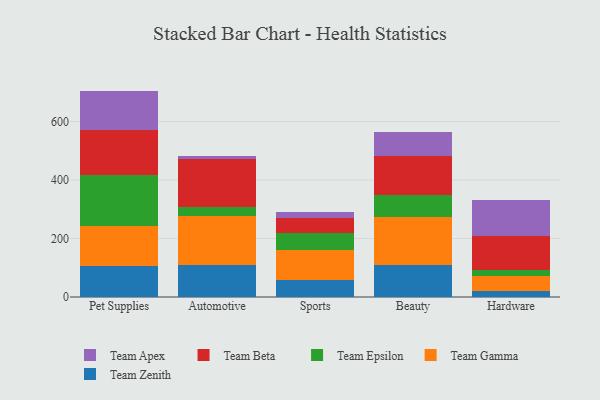
{"axis": {"x": "Category", "y": "Customer Acquisition Cost (USD)"}, "legend": ["Team Apex", "Team Beta", "Team Epsilon", "Team Gamma", "Team Zenith"], "data": [{"x": "Pet Supplies", "y": 106.9, "type": "Team Zenith"}, {"x": "Pet Supplies", "y": 135.1, "type": "Team Gamma"}, {"x": "Pet Supplies", "y": 175.0, "type": "Team Epsilon"}, {"x": "Pet Supplies", "y": 154.3, "type": "Team Beta"}, {"x": "Pet Supplies", "y": 133.9, "type": "Team Apex"}, {"x": "Automotive", "y": 108.6, "type": "Team Zenith"}, {"x": "Automotive", "y": 168.9, "type": "Team Gamma"}, {"x": "Automotive", "y": 30.5, "type": "Team Epsilon"}, {"x": "Automotive", "y": 163.9, "type": "Team Beta"}, {"x": "Automotive", "y": 9.7, "type": "Team Apex"}, {"x": "Sports", "y": 59.2, "type": "Team Zenith"}, {"x": "Sports", "y": 100.7, "type": "Team Gamma"}, {"x": "Sports", "y": 60.5, "type": "Team Epsilon"}, {"x": "Sports", "y": 48.7, "type": "Team Beta"}, {"x": "Sports", "y": 21.5, "type": "Team Apex"}, {"x": "Beauty", "y": 109.4, "type": "Team Zenith"}, {"x": "Beauty", "y": 163.8, "type": "Team Gamma"}, {"x": "Beauty", "y": 74.4, "type": "Team Epsilon"}, {"x": "Beauty", "y": 133.5, "type": "Team Beta"}, {"x": "Beauty", "y": 83.1, "type": "Team Apex"}, {"x": "Hardware", "y": 20.0, "type": "Team Zenith"}, {"x": "Hardware", "y": 50.9, "type": "Team Gamma"}, {"x": "Hardware", "y": 20.9, "type": "Team Epsilon"}, {"x": "Hardware", "y": 116.8, "type": "Team Beta"}, {"x": "Hardware", "y": 122.5, "type": "Team Apex"}]}